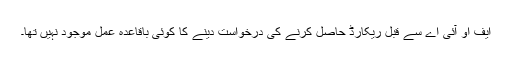
ایف او آئی اے سے قبل ریکارڈ حاصل کرنے کی درخواست دینے کا کوئی باقاعدہ عمل موجود نہیں تھا۔